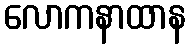
လောကနာထာန